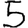
Digit: 5